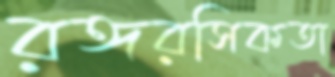
রঙ্গরসিকতা